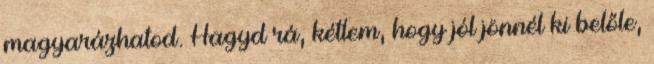
magyarázhatod. Hagyd rá, kétlem, hogy jól jönnél ki belőle,